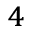
^ 4